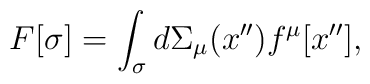
F[\sigma ]=\int_\sigma  {d\Sigma _\mu (x'')f^\mu [x'']},